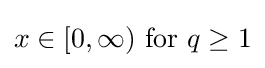
x\in [0,\infty ){\text{ for }}q\geq 1